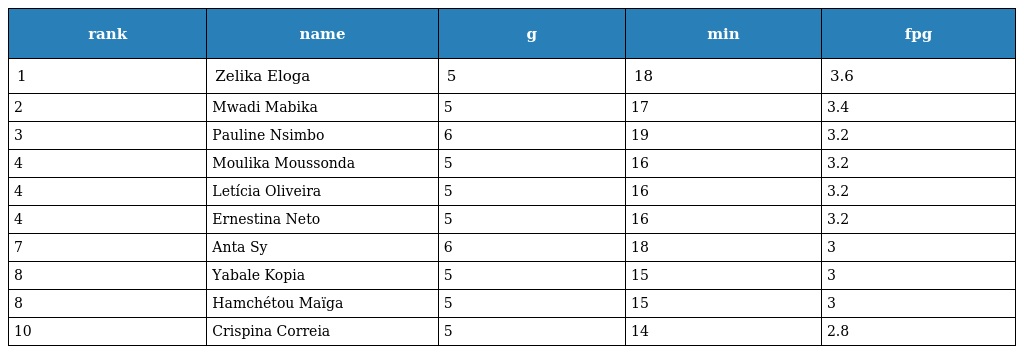
| rank | name | g | min | fpg |
 | --- | --- | --- | --- | --- |
 | 1 | Zelika Eloga | 5 | 18 | 3.6 |
 | 2 | Mwadi Mabika | 5 | 17 | 3.4 |
 | 3 | Pauline Nsimbo | 6 | 19 | 3.2 |
 | 4 | Moulika Moussonda | 5 | 16 | 3.2 |
 | 4 | Letícia Oliveira | 5 | 16 | 3.2 |
 | 4 | Ernestina Neto | 5 | 16 | 3.2 |
 | 7 | Anta Sy | 6 | 18 | 3 |
 | 8 | Yabale Kopia | 5 | 15 | 3 |
 | 8 | Hamchétou Maïga | 5 | 15 | 3 |
 | 10 | Crispina Correia | 5 | 14 | 2.8 |